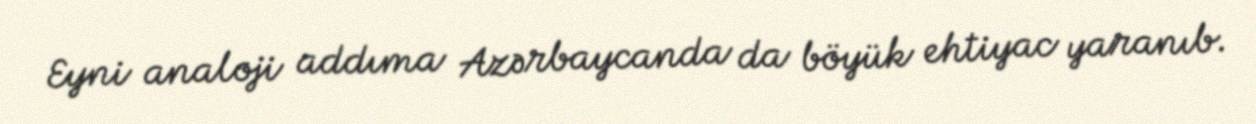
Eyni analoji addıma Azərbaycanda da böyük ehtiyac yaranıb.